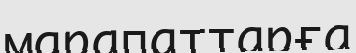
марапаттарға